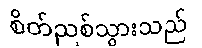
စိတ်ညစ်သွားသည်